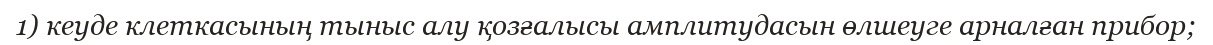
1) кеуде клеткасының тыныс алу қозғалысы амплитудасын өлшеуге арналған прибор;